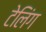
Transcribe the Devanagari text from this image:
टेलिंग